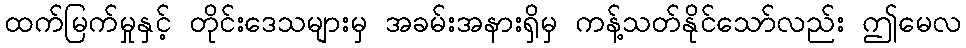
ထက်မြက်မှုနှင့် တိုင်းဒေသများမှ အခမ်းအနားရှိမှ ကန့်သတ်နိုင်သော်လည်း ဤမေလ